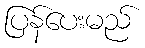
ပြန်ပေးမည်